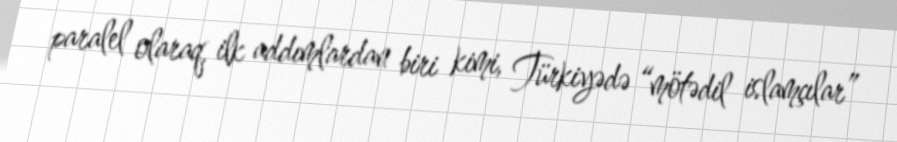
paralel olaraq, ilk addımlardan biri kimi, Türkiyədə “mötədil islamçılar”